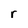
Character: r